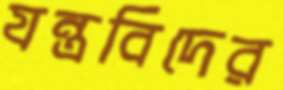
যন্ত্রবিদের